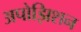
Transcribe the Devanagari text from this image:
अपोझिशन